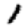
Digit: 1